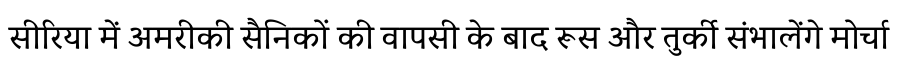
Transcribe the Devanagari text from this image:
सीरिया में अमरीकी सैनिकों की वापसी के बाद रूस और तुर्की संभालेंगे मोर्चा